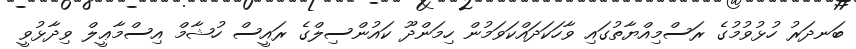
ބަނދަރު ހުޅުވުމުގެ ރަސްމިއްޔާތުގައި ވާހަކަދައްކަވަމުން ހިމަންދޫ ކައުންސިލްގެ ރައީސް ހުޝާމް އިސްމާޢީލް ވިދާޅުވީ